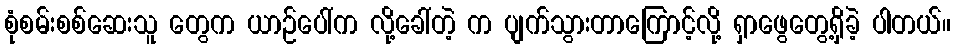
စုံစမ်းစစ်ဆေးသူ တွေက ယာဉ်ပေါ်က လို့ခေါ်တဲ့ က ပျက်သွားတာကြောင့်လို့ ရှာဖွေတွေ့ရှိခဲ့ ပါတယ်။